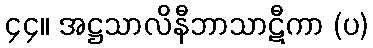
၄၄။ အဋ္ဌသာလိနီဘာသာဋီကာ (ပ)